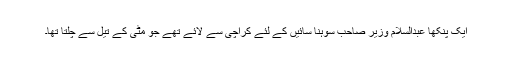
ایک پنکھا عبدالسلام وزیر صاحب سوہنا سائیں کے لئے کراچی سے لائے تھے جو مٹی کے تیل سے چلتا تھا۔